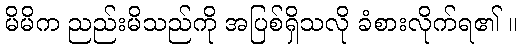
မိမိက ညည်းမိသည်ကို အပြစ်ရှိသလို ခံစားလိုက်ရ၏ ။